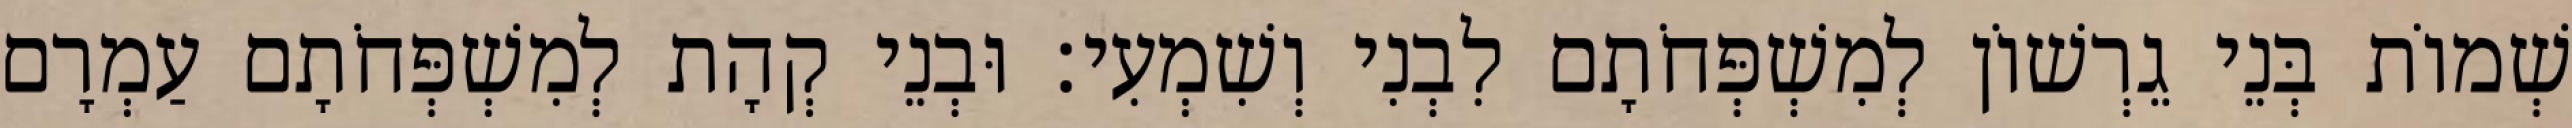
שְׁמוֹת בְּנֵי גֵרְשׁוֹן לְמִשְׁפְּחֹתָם לִבְנִי וְשִׁמְעִי׃ וּבְנֵי קְהָת לְמִשְׁפְּחֹתָם עַמְרָם